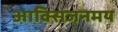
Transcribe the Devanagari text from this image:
आक्सिजनमय